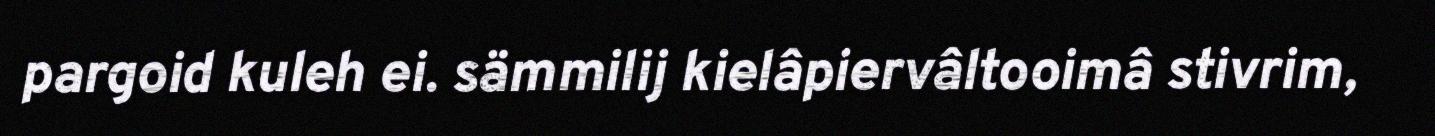
pargoid kuleh ei. sämmilij kielâpiervâltooimâ stivrim,